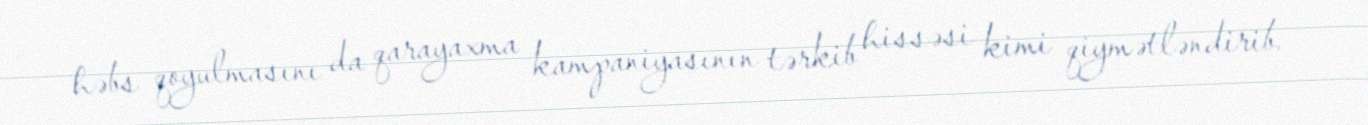
həbs qoyulmasını da qarayaxma kampaniyasının tərkib hissəsi kimi qiymətləndirib.